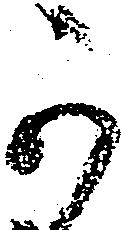
可